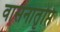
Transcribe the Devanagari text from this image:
वासनातृप्ति